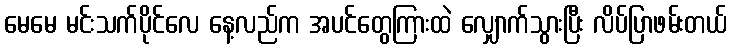
မေမေ မင်းသက်ပိုင်လေ နေ့လည်က အပင်တွေကြားထဲ လျှောက်သွားပြီး လိပ်ပြာဖမ်းတယ်